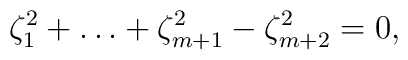
\zeta _1^2+\ldots +\zeta _{m+1}^2-\zeta _{m+2}^2=0,